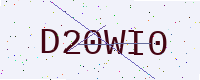
Text: D20WI0